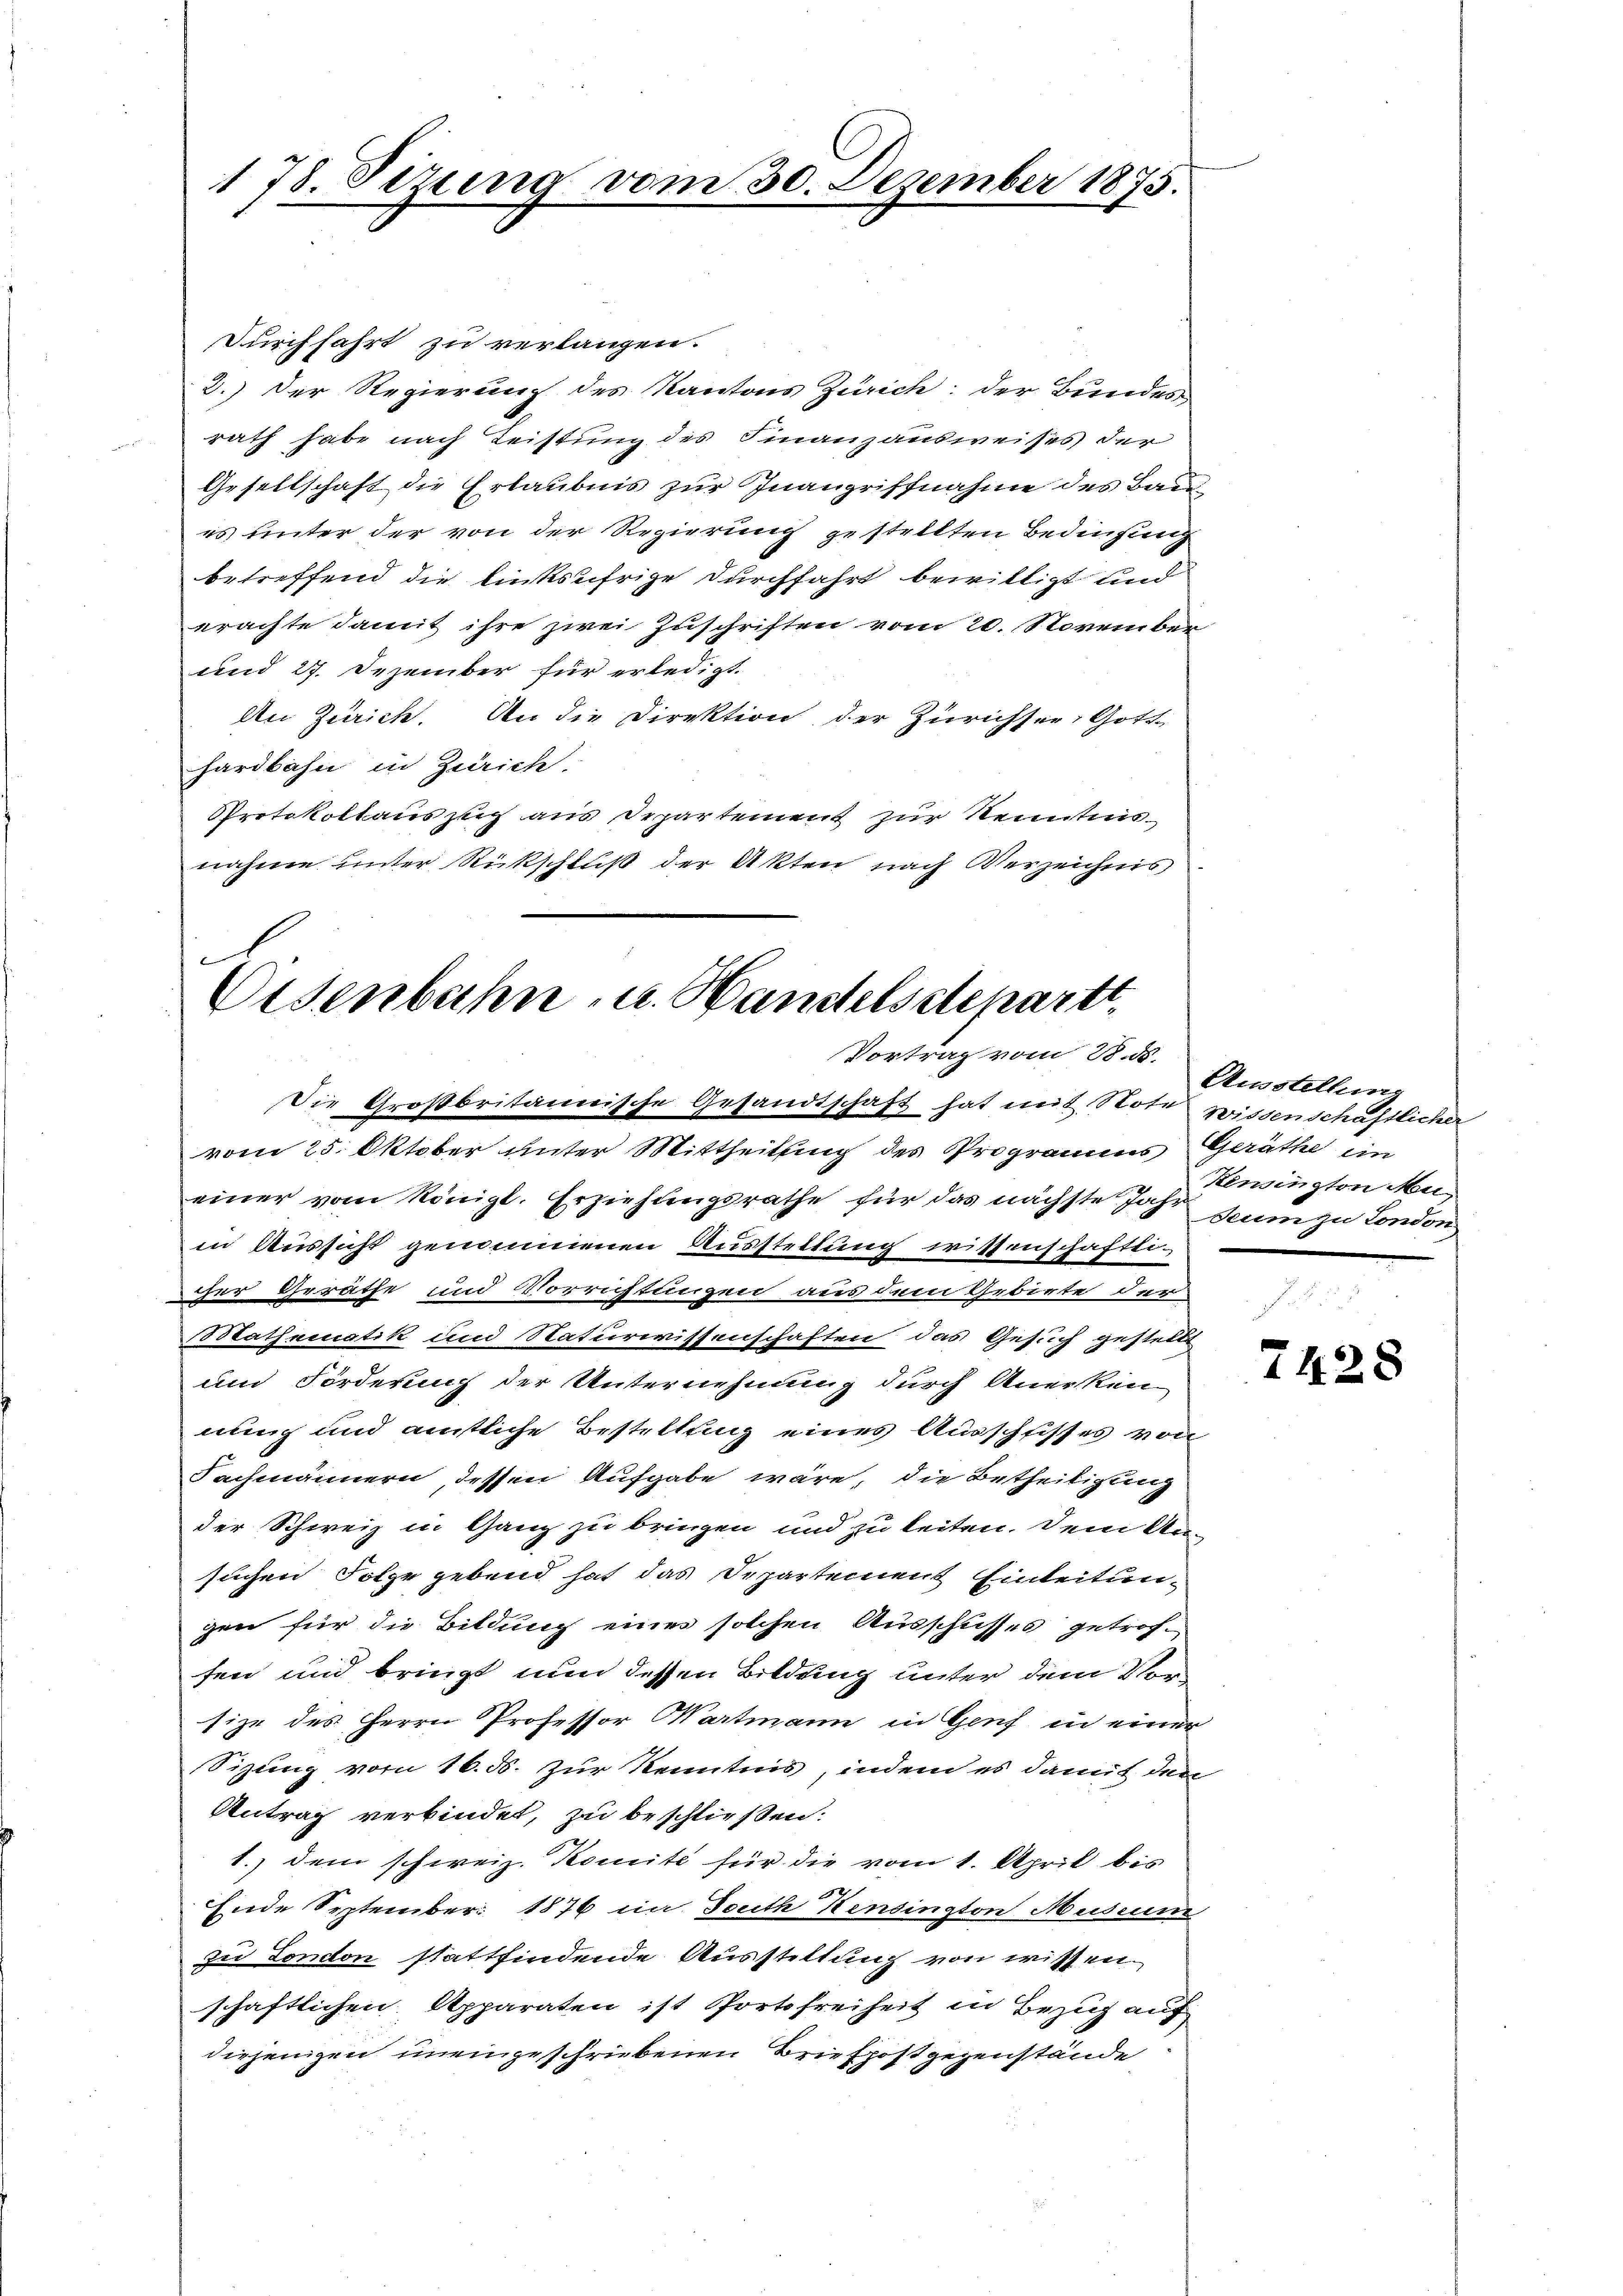
178. Sirung vom 30. Dezember 1875.

durchfahrt zu verlangen.
2.) Der Regierung des Kantons Zürich; der Bundes
rath habe nach Leistung des Finanzausweises der
Gesellschaft die Erlaubnis zur Inangriffnahme des Bau
es unter der von der Regierung gestellten Bedinsung
betreffend die linksufrige Durchfahrt bewilligt und
erachte damit ihre zwei Zuschriften vom 20. November
und 27. Dezember für erledigt.
An Zürich. An die Direktion der Zürichter, Gott
hardbahn in Zürich.
Protokollauszug aus Departement zur Kenntnis
nahme unter Rückschluß der Akten nach Verzeichnis

t
Osenbahn, u. Handelsstepartt
Vortrag vom 28. ds.

Die Großbritannische Gesandtschaft hat mit Note wissenschaftlicher
vom 25. Oktober unter Mittheilung des Programms Geräthe ein
einer vom Königl. Erziehungsrathe für das nächste Joh. Saum zu London
in Aussicht genommenen Ausstellung wissenschaftlicher Geräthe und Vorrichtungen aus dem Gebirte der
Mathematik und Naturwissenschaften das Gesuch gestellt
um Forderung der Unternehmung durch Anerken
nung und amtliche Bestellung eines Ausschlisses von
Fachmännern, dessen Aufgabe wäre, die Betheiligung
der Schweiz in Ganz zu bringen und zu leiten. Dem An-
suchen Folge gebend hat das Departement Einleitungen für die Bildung eines solchen Ausschusses getroffen und bringt nun dessen Bildung unter dem Vorsize des Herrn Professor Wartmann in Genf in einer
Sizung vom 16. d. Zur Kenntnis, indem es damit den
Antrag verbindet, zu beschliessen:
1.) dem schweiz. Komité für die vom 1. April bis
Ende September 1876 in South Kensington Museum
zu London stattfindende Ausstellung von wissen.
schaftlichen Apparaten ist Portofreiheit in Bezug auf
diejenigen uneingeschriebenen Briefpost gegenstände

Ausstellung
Kensington Mu¬

7428